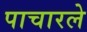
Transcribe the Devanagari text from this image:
पाचारले